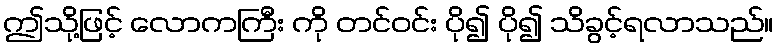
ဤသို့ဖြင့် လောကကြီး ကို တင်ဝင်း ပို၍ ပို၍ သိခွင့်ရလာသည်။